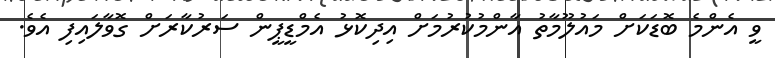
ވީ އެންމެ ބޮޑަކަށް މައުލޫމާތު އާންމުކުރުމަށް އިދިކޮޅު އެމްޑީޕީން ސަރުކާރަށް ގޮވާލައިފި އެވެ.